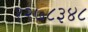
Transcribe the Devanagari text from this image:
१२७८३४८